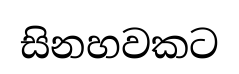
සිනහවකට